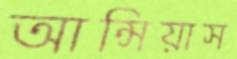
আন্সিয়াস